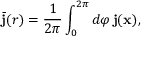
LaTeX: \bar { \bf { j } } ( r ) = \frac { 1 } { 2 \pi } \int _ { 0 } ^ { 2 \pi } d \varphi \, \bf { j } ( \bf { x } ) ,